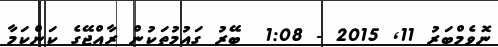
ނޮވެމްބަރު 11